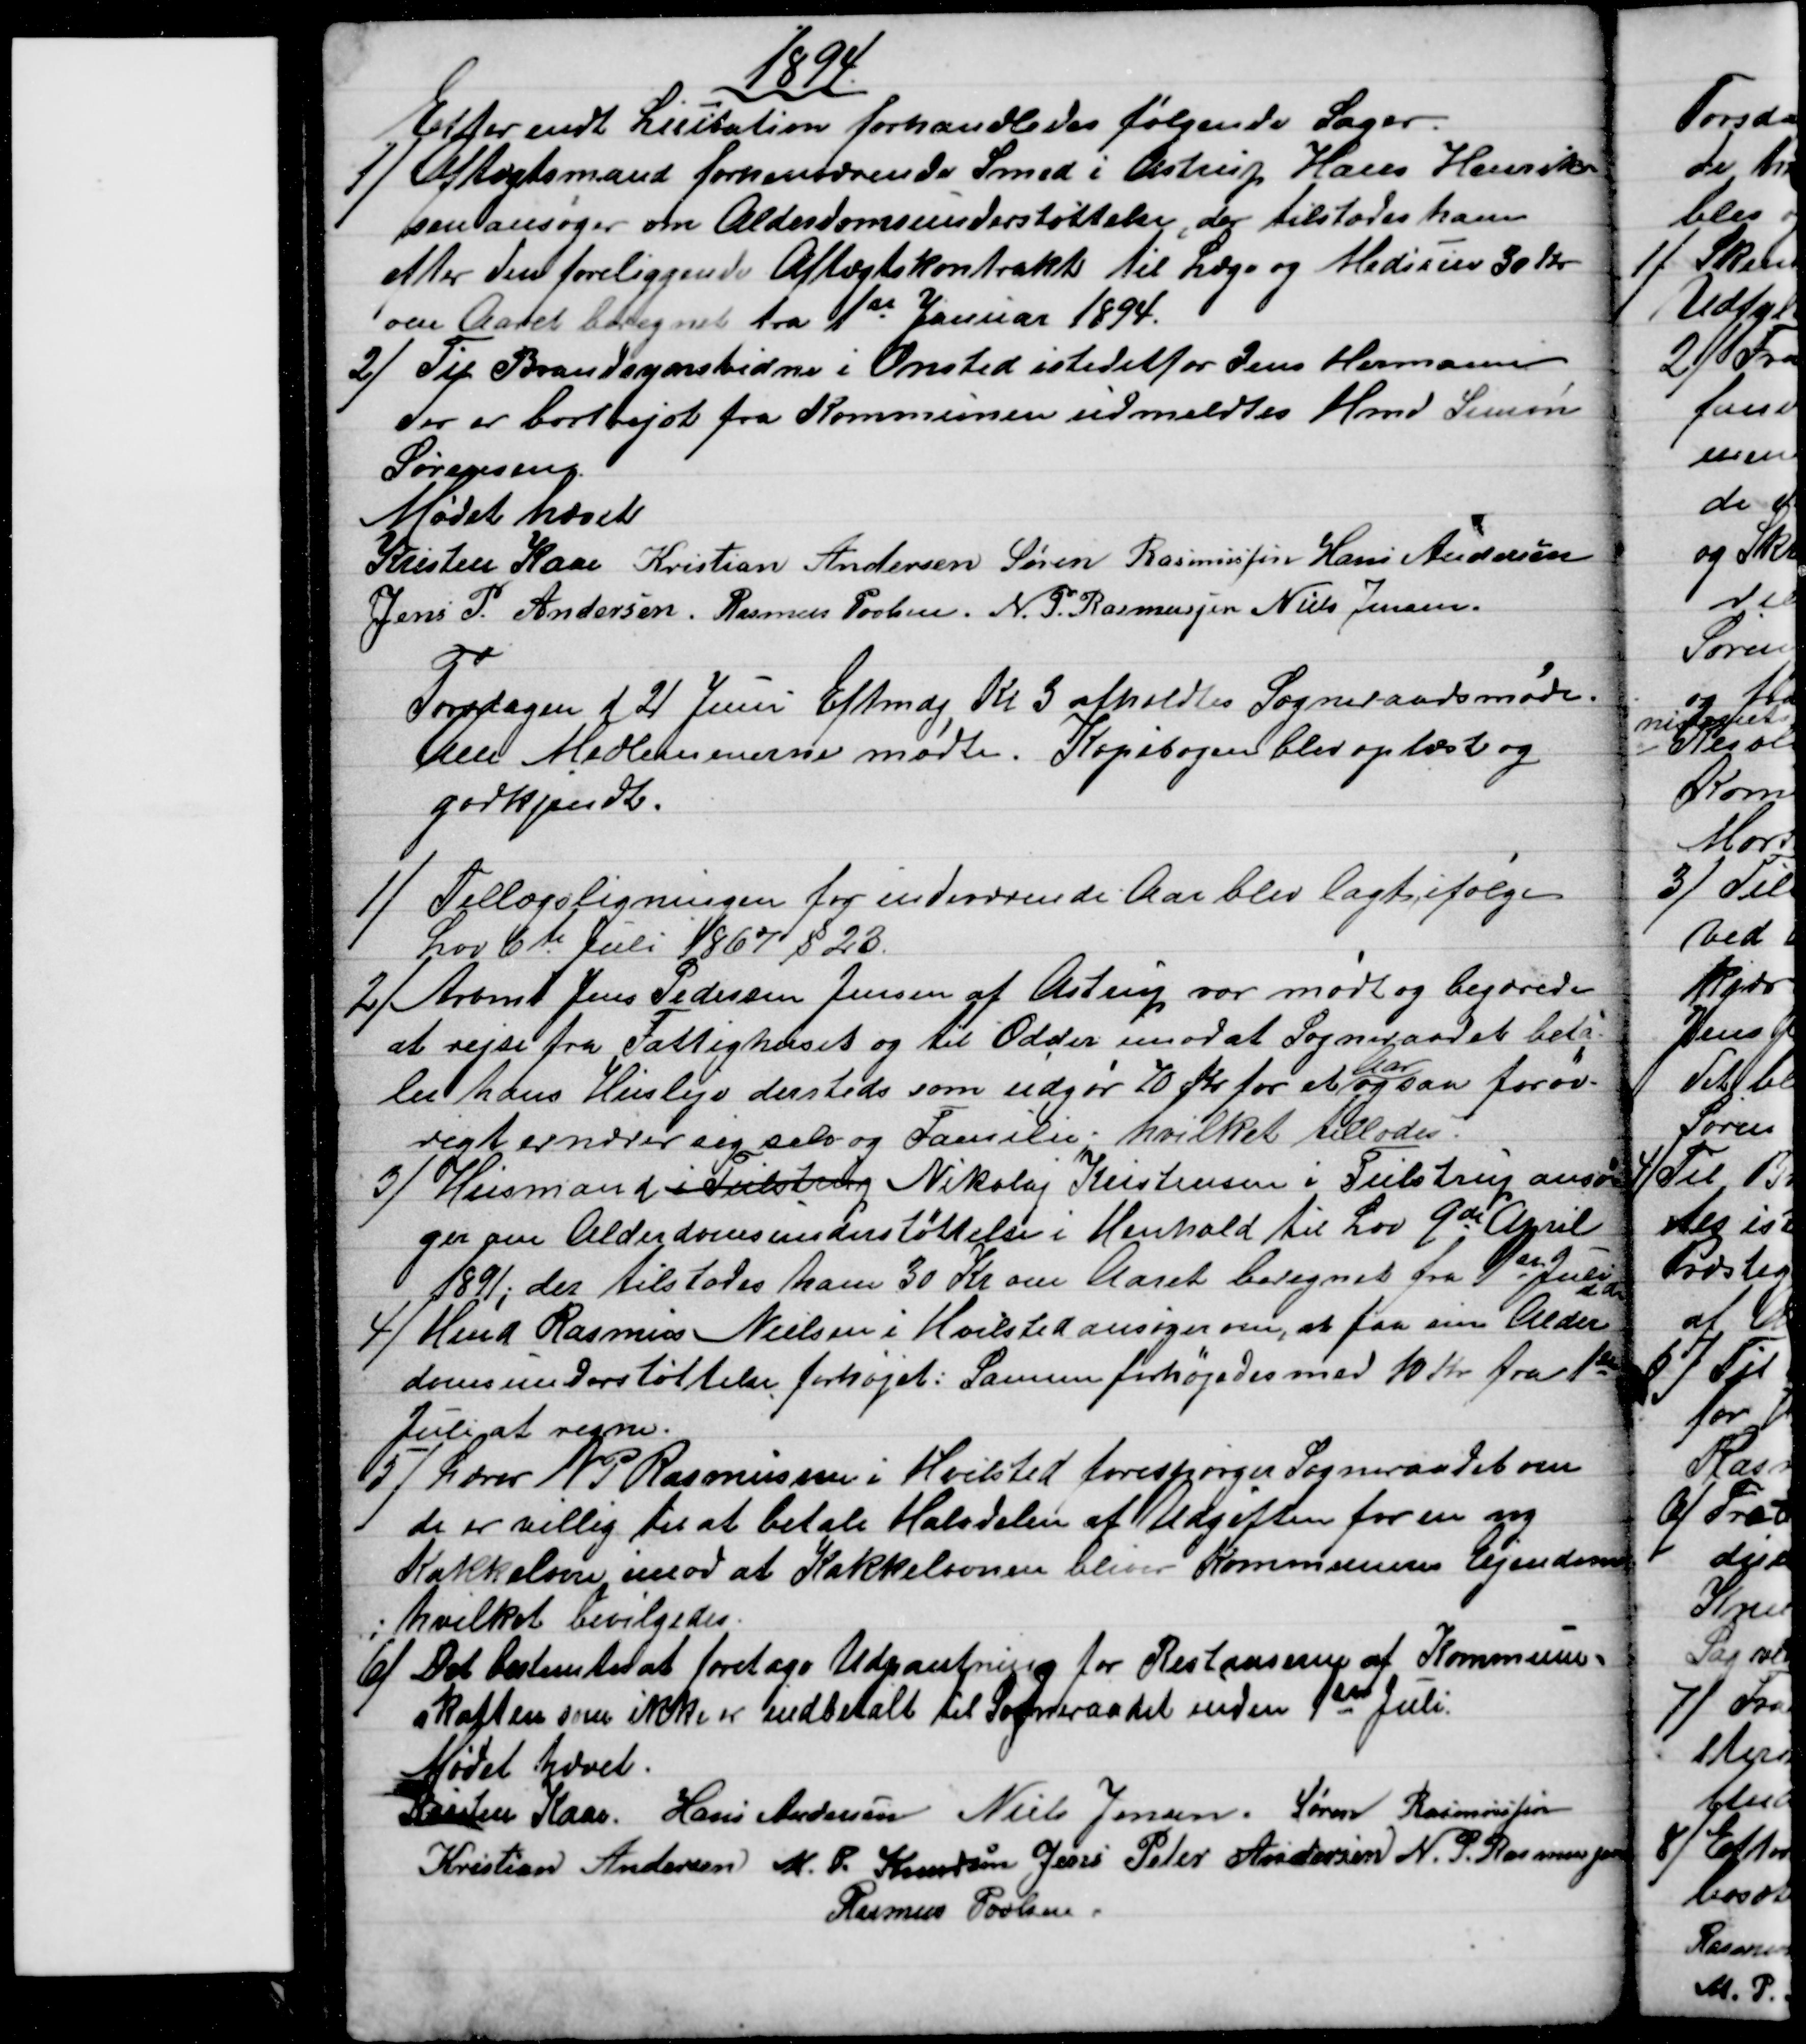
Transskription:
1894
Efter endt Licitation forhandledes følgende Sager.
1) 
Aftægtsmand forhenværende Smed i Astrup Hans Henrik-
sen ansøger om Alderdomsunderstøttelse, der tilstodes ham
efter den foreliggende Aftægtskontrakt til Læge og Medicin 30 Kr
om Aaret beregnet fra 1st Januar 1894.
2) 
Til Brandsynsvidne i Onsted istedetfor Jens Hermann
der er bortrejst fra Kommunen udmeldtes Hmd Simon
Sørensen.
Mødet hævet
Kristen Kaae Kristian Andersen Søren Rasmussen Hans Andersen
Jens P. Andersen. Rasmus Povlsen. N. P. Rasmussen Niels Jensen.
Torsdagen d 21 Juni Eftmdg Kl 3 afholdtes Sogneraadsmøde.
Alle Medlemmerne mødte. Kopibogen blev oplæst og
godkjendt.
1)
Tillægsligningen for indeværende Aar blev lagt, ifølge
Lov 6te Juli 1867 § 23.
2) 
Arbmd. Jens Pedersen Jensen af Astrup var mødt og begærede
at rejse fra Fattighuset og til Odder imod at Sogneraadet beta-
ler hans Husleje dersteds som udgør 10 Kr for et 
Aar
Aar og saa forøv-
rigt ernærer sig selv og Familie, hvilket tillodes:
3)
Husmand i Tulstrup Nikolaj Kristensen i Tulstrup ansø-
ger om Alderdomsunderstøttelse i Henhold til Lov 9de April
1891; der tilstodes ham 30 Kr om Aaret beregnet fra 1st Juli d A.
4) 
Hmd Rasmus Nielsen i Hvilsted ansøger om, at faa sin Alder
domsunderstøttelse forhøjet: Samme forhøjedes med 10 Kr. fra 1st
Juli at regne.
5)
Lærer N. P. Rasmussen i Hvilsted forespørger Sogneraadet om
de er villig til at betale Halvdelen af Udgiften for en ny
Kakkelovn imod at Kakkelovnen bliver Kommunens Ejendom
hvilket bevilgedes.
6) 
Det bestemtes at foretage Udpantning for Restanserne af Kommune-
skatten som ikke er indbetalt til Sogneraadet inden 1st Juli.
Mødet hævet.
Kristen Kaae. Hans Andersen Niels Jensen. Søren Rasmussen
Kristian Andersen M. P. Knudsen Jens Peter Andersen N. P. Rasmussen
Rasmus Povlsen.